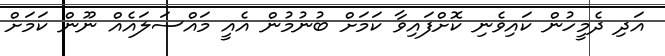
އަދި ދެމީހުން ކައިވެނި ކޮށްފައިވާ ކަމަށް ބުނުމުން އެއީ މައްސަލައެއް ނޫން ކަމަށް